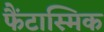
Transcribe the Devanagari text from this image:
फैंटास्मिक